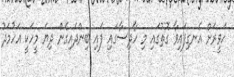
ހަވީރަށް އެނގިފައިވާ ގޮތުގައި މި ހާދިސާގައި ފައި ބިންދައިގެން ދިޔަ މީހަކީ އަހުމަދު